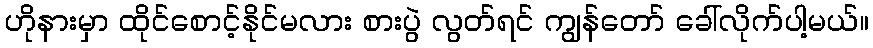
ဟိုနားမှာ ထိုင်စောင့်နိုင်မလား စားပွဲ လွတ်ရင် ကျွန်တော် ခေါ်လိုက်ပါ့မယ်။